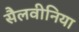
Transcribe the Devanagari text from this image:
सैलवीनिया